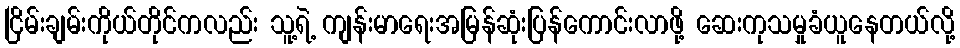
ငြိမ်းချမ်းကိုယ်တိုင်ကလည်း သူ့ရဲ့ ကျန်းမာရေးအမြန်ဆုံးပြန်ကောင်းလာဖို့ ဆေးကုသမှုခံယူနေတယ်လို့